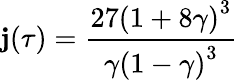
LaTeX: \mathbf{j}(\tau)={\frac{{27\left(1+8\gamma\right)^{3}}}{{\gamma\left(1-\gamma\right)^{3}}}}